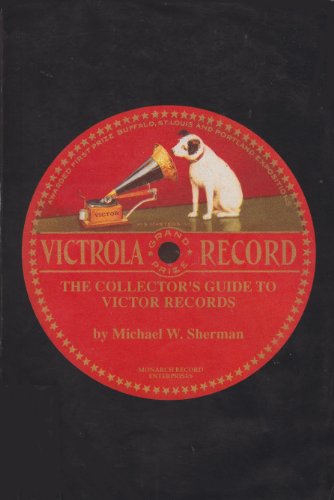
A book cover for Collector's Guide to Victor Records; Michael W. Sherman; Crafts, Hobbies & Home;